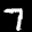
Label: 7